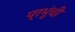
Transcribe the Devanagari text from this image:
प्रभूंची